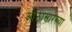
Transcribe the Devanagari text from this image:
ओंठासारख्या